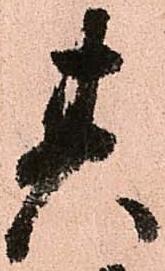
其